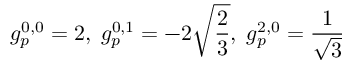
g _ { p } ^ { 0 , 0 } = 2 , \; g _ { p } ^ { 0 , 1 } = - 2 \sqrt { \frac { 2 } { 3 } } , \; g _ { p } ^ { 2 , 0 } = \frac { 1 } { \sqrt { 3 } }